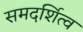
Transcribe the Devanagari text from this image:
समदर्शित्व